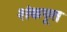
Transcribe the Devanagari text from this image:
शंकपूत